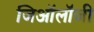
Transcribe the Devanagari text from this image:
जिऑलॉजी